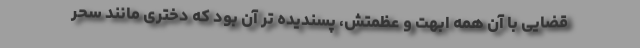
قضایی با آن همه ابهت و عظمتش، پسندیده تر آن بود که دختری مانند سحر